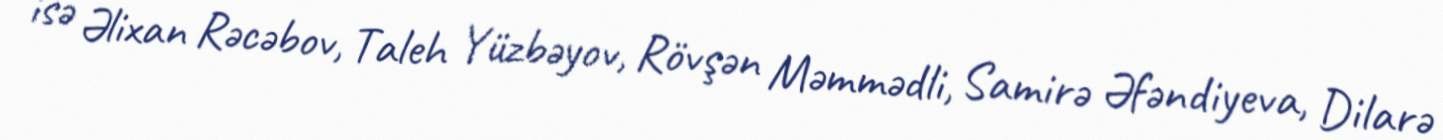
isə Əlixan Rəcəbov, Taleh Yüzbəyov, Rövşən Məmmədli, Samirə Əfəndiyeva, Dilarə